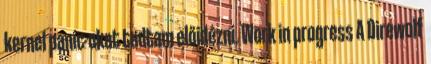
kernel panic-okat tudtam előidézni. Work in progress A Direwolf